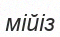
мійіз